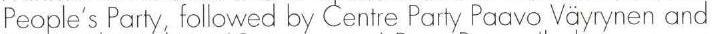
People's Party, followed by Centre Party Paavo Väyrynen and